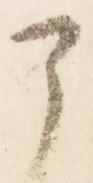
了